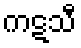
ကဋသီ